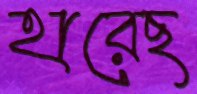
হারেছ